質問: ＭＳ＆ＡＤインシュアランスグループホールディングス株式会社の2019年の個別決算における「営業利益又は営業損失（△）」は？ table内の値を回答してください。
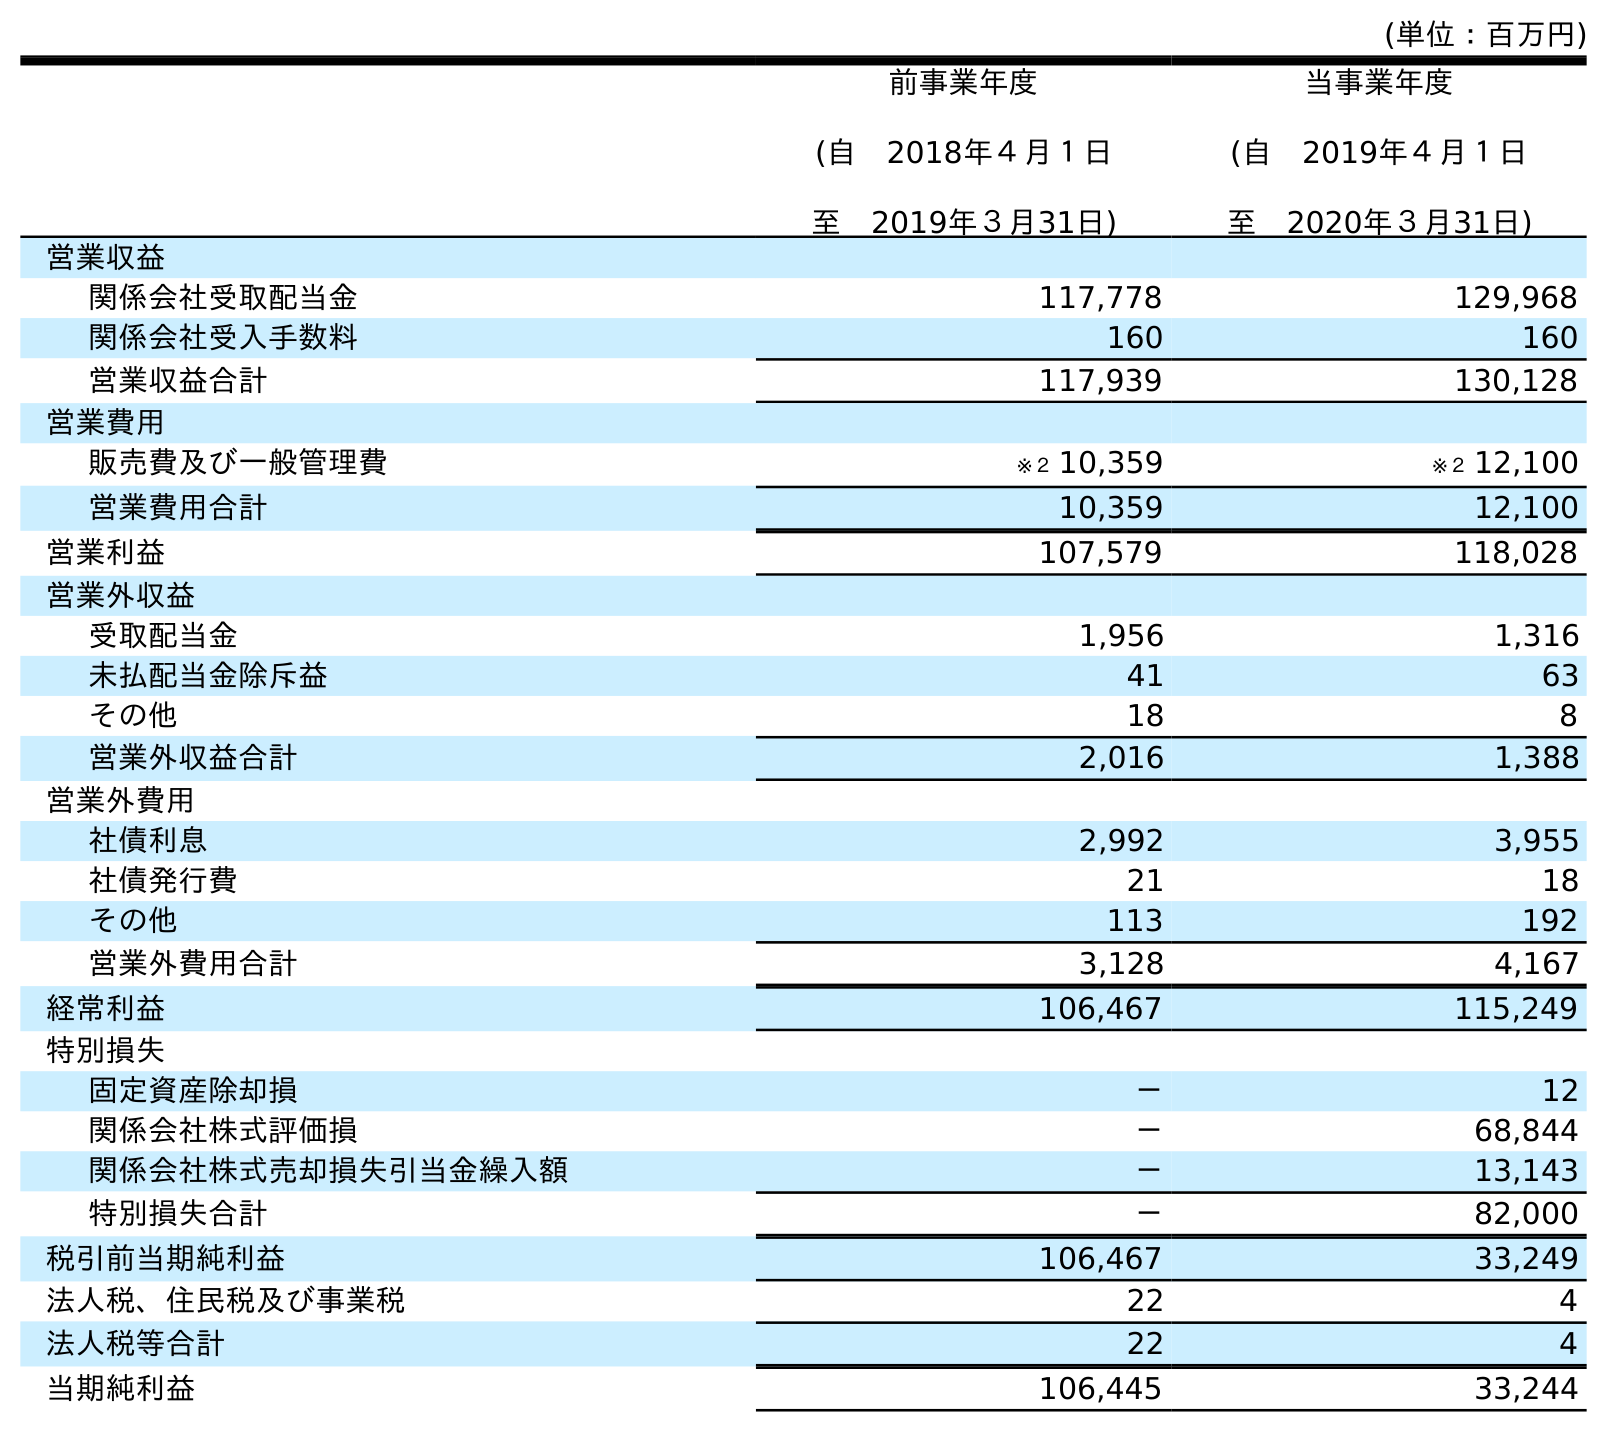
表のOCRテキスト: (単位：百万円) 前事業年度 (自 2018年４月１日 至 2019年３月31日) 当事業年度 (自 2019年４月１日 至 2020年３月31日) 営業収益 関係会社受取配当金 117,778 129,968 関係会社受入手数料 160 160 営業収益合計 117,939 130,128 営業費用 販売費及び一般管理費 ※２ 10,359 ※２ 12,100 営業費用合計 10,359 12,100 営業利益 107,579 118,028 営業外収益 受取配当金 1,956 1,316 未払配当金除斥益 41 63 その他 18 8 営業外収益合計 2,016 1,388 営業外費用 社債利息 2,992 3,955 社債発行費 21 18 その他 113 192 営業外費用合計 3,128 4,167 経常利益 106,467 115,249 特別損失 固定資産除却損 － 12 関係会社株式評価損 － 68,844 関係会社株式売却損失引当金繰入額 － 13,143 特別損失合計 － 82,000 税引前当期純利益 106,467 33,249 法人税、住民税及び事業税 22 4 法人税等合計 22 4 当期純利益 106,445 33,244
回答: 107,579